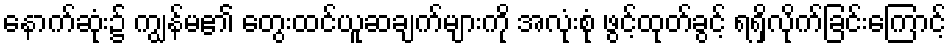
နောက်ဆုံး၌ ကျွန်မ၏ တွေးထင်ယူဆချက်များကို အလုံးစုံ ဖွင့်ထုတ်ခွင့် ရရှိလိုက်ခြင်းကြောင့်